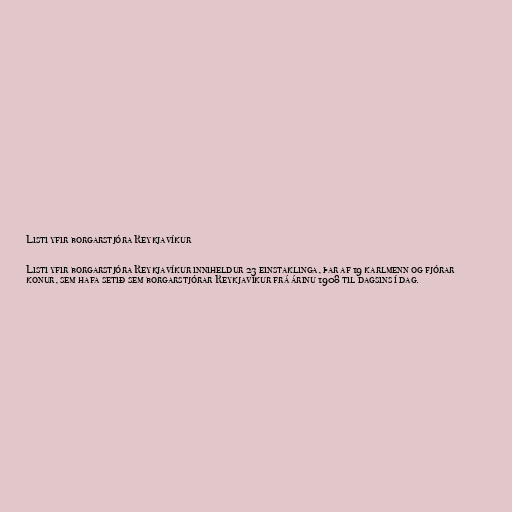
Listi yfir borgarstjóra Reykjavíkur

Listi yfir borgarstjóra Reykjavíkur inniheldur 23 einstaklinga, þar af 19 karlmenn og fjórar
konur, sem hafa setið sem borgarstjórar Reykjavíkur frá árinu 1908 til dagsins í dag.